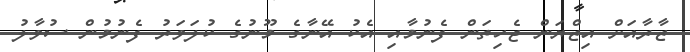
ޒާރާއަށް އިޒްޔަން ޖެހިތަން ފެނުމާއި އެކު އޭނާގެ މޫނުގެ ކުލަވަރު ފެނުމުން ސުވާލު